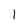
Character: 1